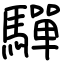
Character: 驒